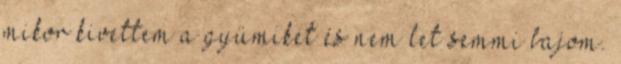
mikor kivettem a gyümiket és nem let semmi bajom.